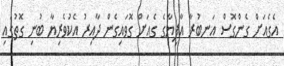
އެގެއަށް ގެންގޮސް އަނބުރާ އާފިޔާގެ ގެއަށް ގޮވައިގެން ދާއިރު އެކުވެރިޔާ ބުނި ގޮތުގައި